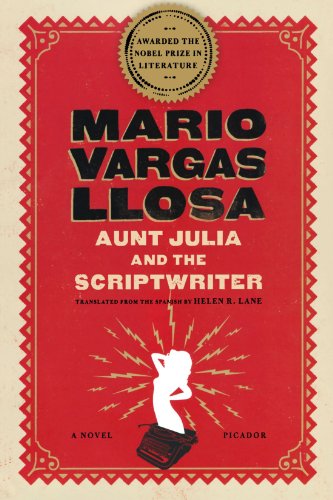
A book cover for Aunt Julia and the Scriptwriter: A Novel; Mario Vargas Llosa; Literature & Fiction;